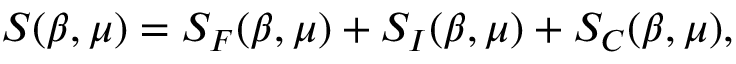
S ( \beta , \mu ) = S _ { F } ( \beta , \mu ) + S _ { I } ( \beta , \mu ) + S _ { C } ( \beta , \mu ) ,